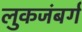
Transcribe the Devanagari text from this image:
लुकजंबर्ग